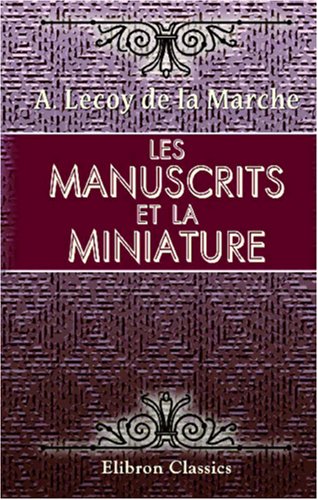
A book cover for Les manuscrits et la miniature (French Edition); Albert Lecoy de la Marche; Crafts, Hobbies & Home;